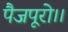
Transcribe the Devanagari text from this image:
पैजपूरो।।